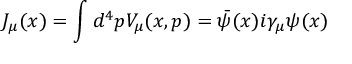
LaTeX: J _ { \mu } ( x ) = \int d ^ { 4 } p V _ { \mu } ( x , p ) = { \bar { \psi } } ( x ) i \gamma _ { \mu } \psi ( x )